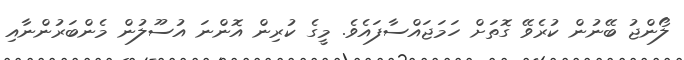
ލޯންޖު ބޭނުން ކުރެވޭ ގޮތަށް ހަމަޖައްސާފައެވެ. މީގެ ކުރިން އޮންނަ އުސޫލުން މެންބަރުންނާއި